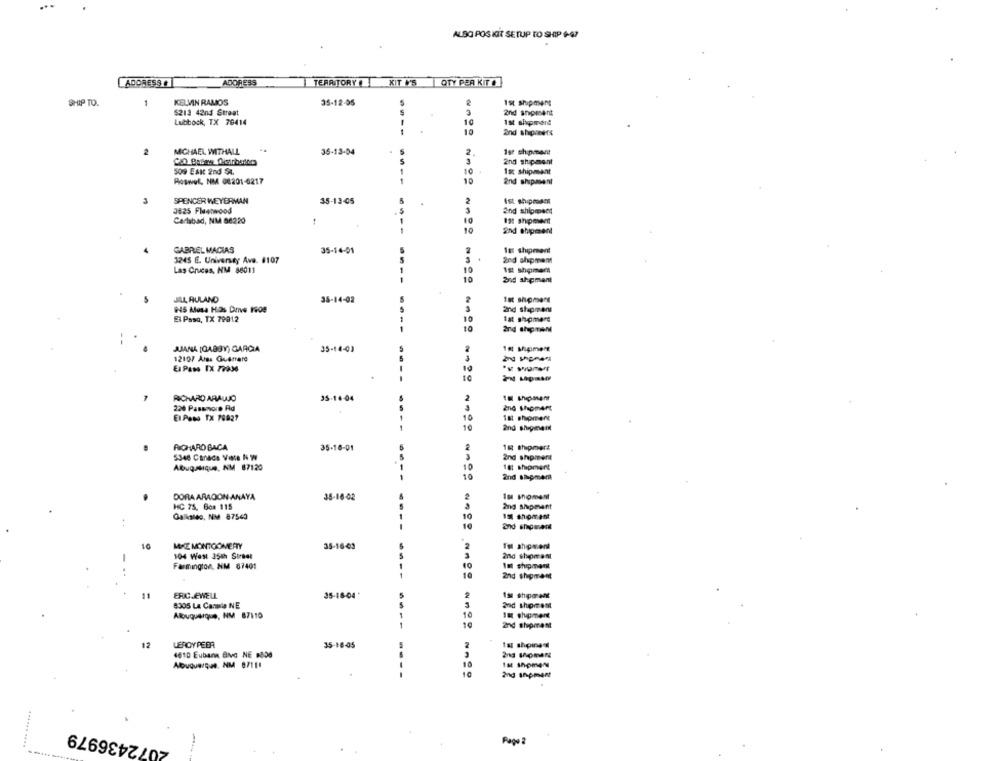
ALSO POS KIT SETUP TO SHIP 6-47
ADDRESS
ADORESS
TERRITORY KIT V'S OTY PER KIT
SHIP TO.
1
KELVIN RAMOS
35-12-05
1st shipment
$213 42nd Street
2nd shipment
Lubbock, TX 79414
10
Ist shopment
----
10
MICHAEL WITHALL
35-13-04
2.
Ise shipment
5
2nd shipment
3
509 EAK 2nd St.
10
1st shipment
Roswel, NM 08201-6217
10
and shipment
SPENCER WEYERMAN
35-13-05
2
Ist shiposamt
3625 Fleetwood
3
2nd shipment
Carlsbad, NM 86220
12: shipowet
10
and shipment
GABRIEL MACIAS
35-14-01
3245 E. Universey Ave. 8107
2nd shipmom
Las Cruces, HM 86011
10
18 shameen
10
and ahemant
JILL RULAND
35-14-02
Ist shomens
945 Mesa Hos Dove 1900
and shapmen
El Paso, TX 79012
10
tat shomers
10
2nd thpmen
JUANA (GABBY) GARCIA
35-14-03
12107 Ares Guerrare
El Paso TX 77936
--
RICHARD ARAUJO
35-16-04
2
224 Passmore Ad
2nd thomArt
El Paso TX 78927
10
1st shipment
10
----
RICHARD BACA
35-16-01
1st shipmerz
5346 Canada Vere N W
2nd ahpmert
Albuquerque, NM 87120
10
18: shipment
----
10
2nd Bhomem
DORA ARADON ANAYA
35-16-02
HC 75. Go# 115
Ing shipment
Galkaleo, NM 87543
10
10
MIKE MONTGOMERY
35-16-43
2
104 West 35th Street
2nd shipment
Farmington, NM 67401
40
tal shipment
----
2nd shipment
11
ERIC.EWELL
35-16-04
S
2
Isi shipor ene
8305 La Cania NE
Albuquerque, NV 87110
10
10
2nd shipment
12
LEROY PEER
35-18-05
2
1x shpinsd
4610 Eubank Bivo NE #808
Albuquerque NM 07111
10
----
10
2nd anpment
2072436979
Page ?